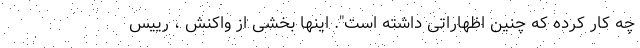
چه کار کرده که چنین اظهاراتی داشته است"‌. اینها بخشی از واکنش ، رییس